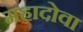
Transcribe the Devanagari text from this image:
महादोवा